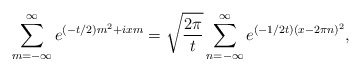
\begin{align*}\sum_{m=-\infty}^\infty e^{(-t/2)m^2+ixm}=\sqrt{\frac{2\pi}{t}}\sum_{n=-\infty}^{\infty}e^{(-1/2t)(x-2\pi n)^2},\end{align*}